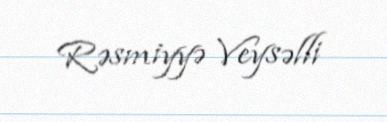
Rəsmiyyə Veysəlli